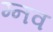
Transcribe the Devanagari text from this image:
म्नव